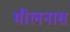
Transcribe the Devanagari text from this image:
मीलनास